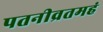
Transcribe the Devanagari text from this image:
पतनीव्रतमहं